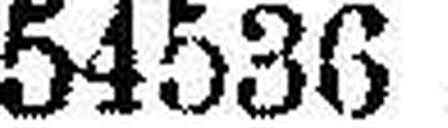
54536